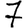
Digit: 7